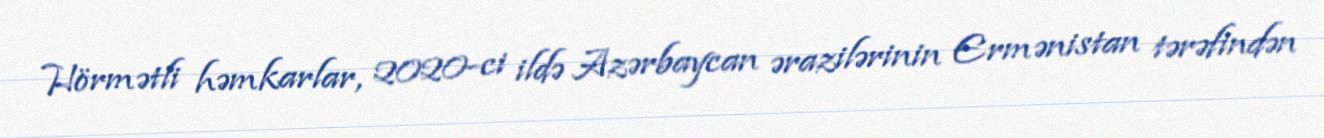
Hörmətli həmkarlar, 2020-ci ildə Azərbaycan ərazilərinin Ermənistan tərəfindən